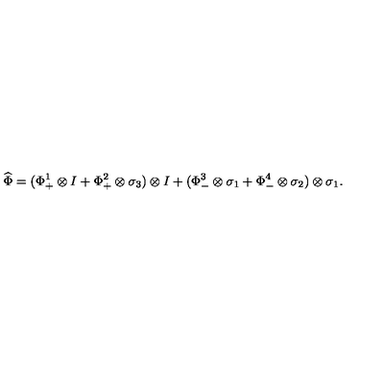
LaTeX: \widehat { \Phi } = ( \Phi _ { + } ^ { 1 } \otimes I + \Phi _ { + } ^ { 2 } \otimes \sigma _ { 3 } ) \otimes I + ( \Phi _ { - } ^ { 3 } \otimes \sigma _ { 1 } + \Phi _ { - } ^ { 4 } \otimes \sigma _ { 2 } ) \otimes \sigma _ { 1 } .